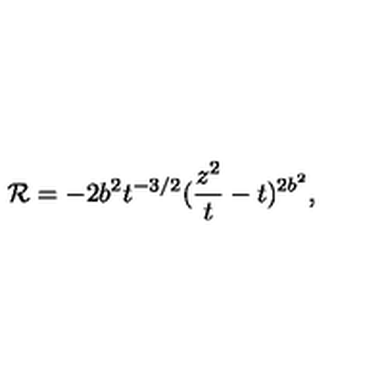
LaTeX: { \cal R } = - 2 b ^ { 2 } t ^ { - 3 / 2 } ( \frac { z ^ { 2 } } { t } - t ) ^ { 2 b ^ { 2 } } ,